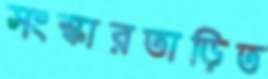
সংস্কারতাড়িত